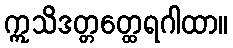
ဣသိဒတ္တတ္ထေရဂါထာ။